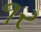
૧ર